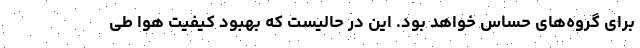
برای گروه‌های حساس خواهد بود. این در حالیست که بهبود کیفیت هوا طی